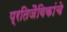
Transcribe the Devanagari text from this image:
प्रतिजैविकांचे